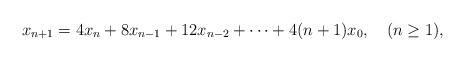
LaTeX: \begin{align*}x_{n+1}= 4x_n+ 8 x_{n-1}+12x_{n-2}+\cdots+ 4(n+1)x_0,\quad(n\geq 1),\end{align*}